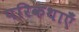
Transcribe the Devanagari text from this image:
परिकथाएँ